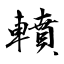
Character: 轒